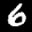
Label: 6